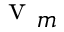
\mathrm { ~ v ~ } _ { m }